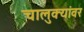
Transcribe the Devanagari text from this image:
चालुक्यांवर